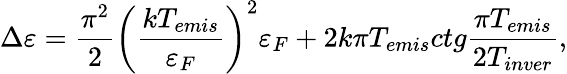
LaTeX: \Delta\varepsilon=\frac{{{\pi^{2}}}}{2}{\left({\frac{{k{T_{emis}}}}{{{\varepsilon_{F}}}}}\right)^{2}}{\varepsilon_{F}}+2k\pi T_{emis}ctg\frac{{\pi{T_{emis}}}}{{2{T_{inver}}}},